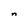
Character: n